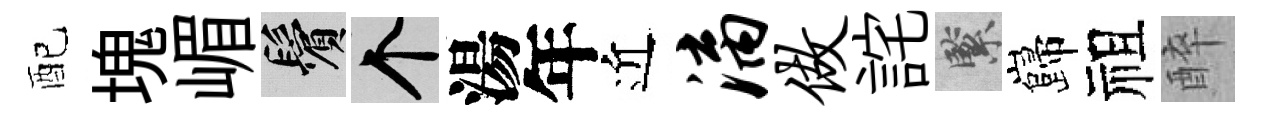
配塊嵋鬢个湯年近漓做詫緊巋祖醉